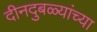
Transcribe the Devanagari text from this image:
दीनदुबळ्यांच्या